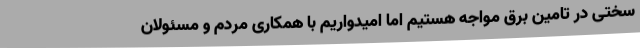
سختی در تامین برق مواجه هستیم اما امیدواریم با همکاری مردم و مسئولان